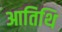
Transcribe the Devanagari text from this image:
आतिथि